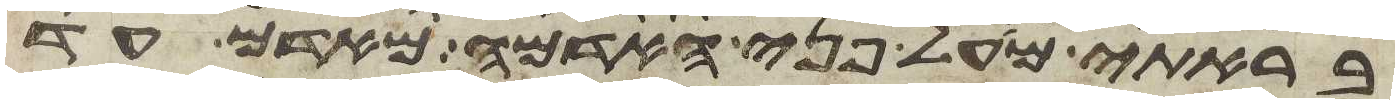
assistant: בראתי מעל פני האדמה מאדם עד